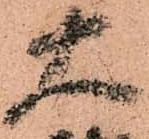
大